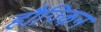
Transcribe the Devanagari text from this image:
हौज्किन